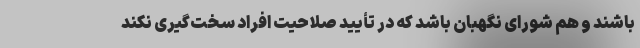
باشند و هم شورای نگهبان باشد که در تأیید صلاحیت افراد سخت‌گیری نکند